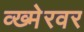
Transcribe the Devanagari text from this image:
व्ख्मेरवर